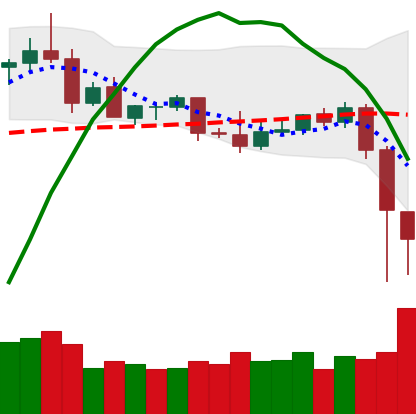
Ticker: ETC-USD
Chart end date: 2020-09-04
Forward return: -5.405%
Label: down_5_7